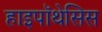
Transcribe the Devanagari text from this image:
हाइपॉथेसिस